Annual administration report of the Civil Veterinary Department of India - 1905-1906
Year: 1905
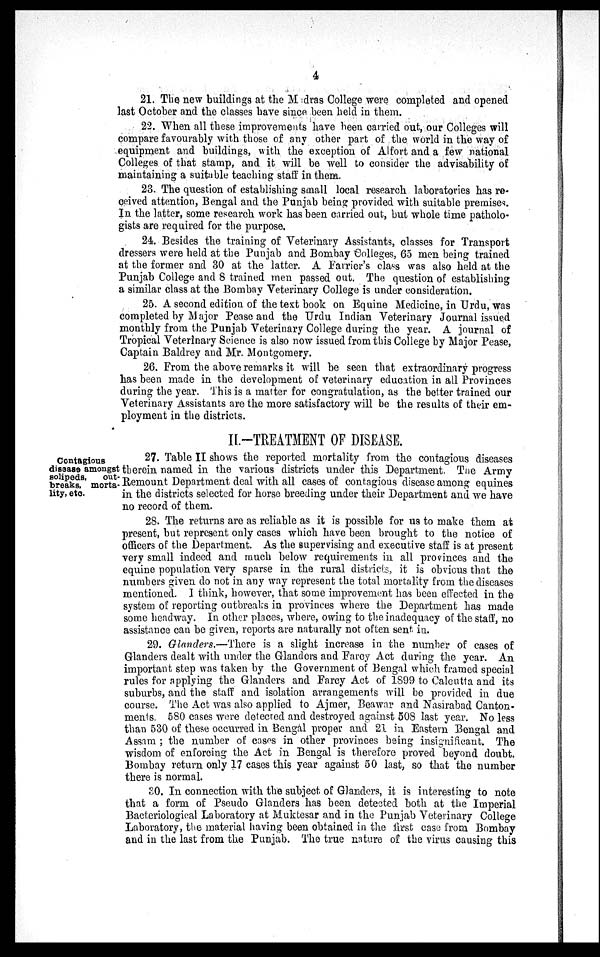
4
21. The new buildings at the Madras College were completed and opened
last October and the classes have since been held in them.
22. When all these improvements have been carried out, our Colleges will
compare favourably with those of any other part of the world in the way of
equipment and buildings, with the exception of Alfort and a few national
Colleges of that stamp, and it will be well to consider the advisability of
maintaining a suitable teaching staff in them.
23. The question of establishing small local research laboratories has re-
ceived attention, Bengal and the Punjab being provided with suitable premises.
In the latter, some research work has been carried out, but whole time patholo-
gists are required for the purpose.
24. Besides the training of Veterinary Assistants, classes for Transport
dressers were held at the Punjab and Bombay Colleges, 65 men being trained
at the former and 30 at the latter. A Farrier's class was also held at the
Punjab College and 8 trained men passed out. The question of establishing
a similar class at the Bombay Veterinary College is under consideration.
25. A second edition of the text book on Equine Medicine, in Urdu, was
completed by Major Pease and the Urdu Indian Veterinary Journal issued
monthly from the Punjab Veterinary College during the year. A journal of
Tropical Veterinary Science is also now issued from this College by Major Pease,
Captain Baldrey and Mr. Montgomery.
26. From the above remarks it will be seen that extraordinary progress
has been made in the development of veterinary education in all Provinces
during the year. This is a matter for congratulation, as the better trained our
Veterinary Assistants are the more satisfactory will be the results of their em-
ployment in the districts.
II.-TREATMENT OF DISEASE.
Contagious
disease amongst
solipeds,
out-
breaks, morta-
lity, etc.
27. Table II shows the reported mortality from the contagious diseases
therein named in the various districts under this Department. The Army
Remount Department deal with all cases of contagious disease among equines
in the districts selected for horse breeding under their Department and we have
no record of them.
28. The returns are as reliable as it is possible for us to make them at
present, but represent only cases which have been brought to the notice of
officers of the Department. As the supervising and executive staff is at present
very small indeed and much below requirements in all provinces and the
equine population very sparse in the rural districts, it is obvious that the
numbers given do not in any way represent the total mortality from the diseases
mentioned. I think, however, that some improvement has been effected in the
system of reporting outbreaks in provinces where the Department has made
some headway. In other places, where, owing to the inadequacy of the staff, no
assistance can be given, reports are naturally not often sent in.
29. Glanders.—There is a slight increase in the number of cases of
Glanders dealt with under the Glanders and Farcy Act during the year. An
important step was taken by the Government of Bengal which framed special
rules for applying the Glanders and Farcy Act of 1899 to Calcutta and its
suburbs, and the staff and isolation arrangements will be provided in due
course. The Act was also applied to Ajmer, Beawar and Nasirabad Canton-
ments. 580 cases were detected and destroyed against 508 last year. No less
than 530 of these occurred in Bengal proper and 21 in Eastern Bengal and
Assam ; the number of cases in other provinces being insignificant. The
wisdom of enforcing the Act in Bengal is therefore proved beyond doubt.
Bombay return only 17 cases this year against 50 last, so that the number
there is normal.
30. In connection with the subject of Glanders, it is interesting to note
that a form of Pseudo Glanders has been detected both at the Imperial
Bacteriological Laboratory at Muktesar and in the Punjab Veterinary College
Laboratory, the material having been obtained in the first case from Bombay
and in the last from the Punjab. The true nature of the virus causing this